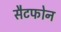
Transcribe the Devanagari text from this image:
सैटफोन